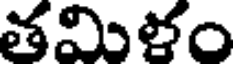
తమిళం